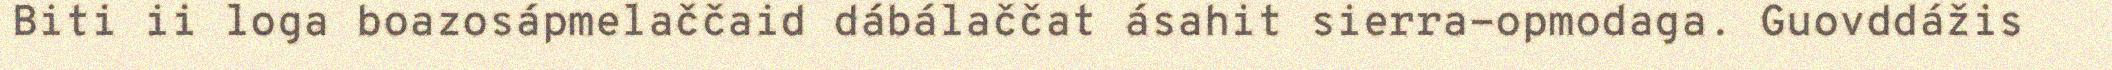
Biti ii loga boazosápmelaččaid dábálaččat ásahit sierra-opmodaga. Guovddážis